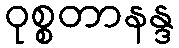
ဝုစ္စတာနန္ဒ